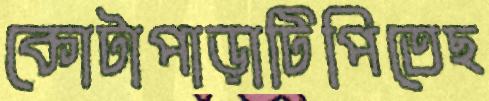
কোটাপাড়াটিপিতেছ